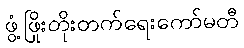
ဖွံ့ဖြိုးတိုးတက်ရေးကော်မတီ